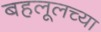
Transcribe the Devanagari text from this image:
बहलूलच्या